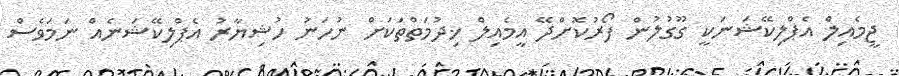
ޖީމެއިލް އެޕްލިކޭޝަނަކީ ގޫގުލުން ފޯރުކޮށްދޭ އީމެއިލް ޚިދުމަތްތަކަށް ނުހަނު ހުޝިޔާރު އެޕްލިކޭޝަނެއް ނަމަވެސް